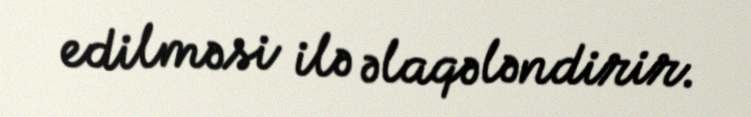
edilməsi ilə əlaqələndirir.